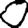
Digit: 0